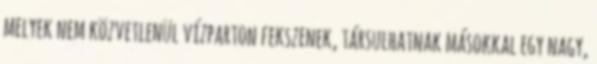
melyek nem közvetlenül vízparton fekszenek, társulhatnak másokkal egy nagy,